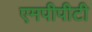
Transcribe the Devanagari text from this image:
एमपीपीटी